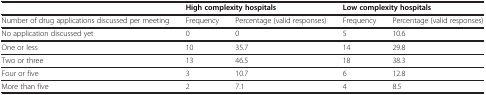
<table><thead><tr><td><b> </b></td><td colspan="2"><b>High complexity hospitals</b></td><td colspan="2"><b>Low complexity hospitals</b></td></tr></thead><tbody><tr><td>Number of drug applications discussed per meeting</td><td>Frequency</td><td>Percentage (valid responses)</td><td>Frequency</td><td>Percentage (valid responses)</td></tr><tr><td>No application discussed yet</td><td>0</td><td>0</td><td>5</td><td>10.6</td></tr><tr><td>One or less</td><td>10</td><td>35.7</td><td>14</td><td>29.8</td></tr><tr><td>Two or three</td><td>13</td><td>46.5</td><td>18</td><td>38.3</td></tr><tr><td>Four or five</td><td>3</td><td>10.7</td><td>6</td><td>12.8</td></tr><tr><td>More than five</td><td>2</td><td>7.1</td><td>4</td><td>8.5</td></tr></tbody></table>